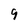
Character: 9